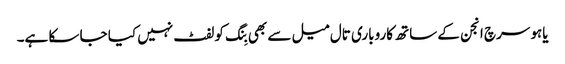
یاہو سرچ انجن کے ساتھ کاروباری تال میل سے بھی بِنگ کو لفٹ نہیں کیا جا سکا ہے۔